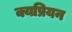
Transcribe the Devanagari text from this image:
क्यप्रियन